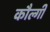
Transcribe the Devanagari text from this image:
कौल्गी